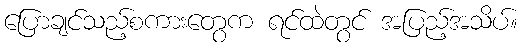
ပြောချင်သည့်စကားတွေက ရင်ထဲတွင် အပြည့်အသိပ်။